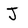
Character: J